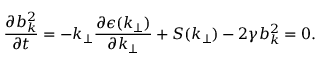
\frac { \partial b _ { k } ^ { 2 } } { \partial t } = - k _ { \perp } \frac { \partial \epsilon ( k _ { \perp } ) } { \partial k _ { \perp } } + S ( k _ { \perp } ) - 2 \gamma b _ { k } ^ { 2 } = 0 .